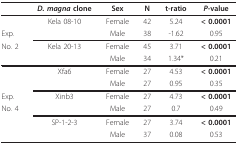
<table><thead><tr><td></td><td><b><i>D. magna </i>clone</b></td><td><b>Sex</b></td><td><b>N</b></td><td><b>t-ratio</b></td><td><b><i>P</i>-value</b></td></tr></thead><tbody><tr><td></td><td>Kela 08-10</td><td>Female</td><td>42</td><td>5.24</td><td><b>&lt; 0.0001</b></td></tr><tr><td>Exp.</td><td></td><td>Male</td><td>38</td><td>-1.62</td><td>0.95</td></tr><tr><td>No. 2</td><td>Kela 20-13</td><td>Female</td><td>45</td><td>3.71</td><td><b>&lt; 0.0001</b></td></tr><tr><td></td><td></td><td>Male</td><td>34</td><td>1.34*</td><td>0.21</td></tr><tr><td></td><td>Xfa6</td><td>Female</td><td>27</td><td>4.53</td><td><b>&lt; 0.0001</b></td></tr><tr><td></td><td></td><td>Male</td><td>27</td><td>0.95</td><td>0.35</td></tr><tr><td>Exp.</td><td>Xinb3</td><td>Female</td><td>27</td><td>4.73</td><td><b>&lt; 0.0001</b></td></tr><tr><td>No. 4</td><td></td><td>Male</td><td>27</td><td>0.7</td><td>0.49</td></tr><tr><td></td><td>SP-1-2-3</td><td>Female</td><td>27</td><td>3.74</td><td><b>&lt; 0.0001</b></td></tr><tr><td></td><td></td><td>Male</td><td>37</td><td>0.08</td><td>0.53</td></tr></tbody></table>